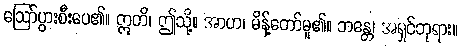
ဩော်ပွားစီးပေ၏။ ဣတိ၊ ဤသို့။ အာဟ၊ မိန့်တော်မူ၏။ ဘန္တေ၊ အရှင်ဘုရား။